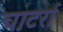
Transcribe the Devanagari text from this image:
चाटर्रा